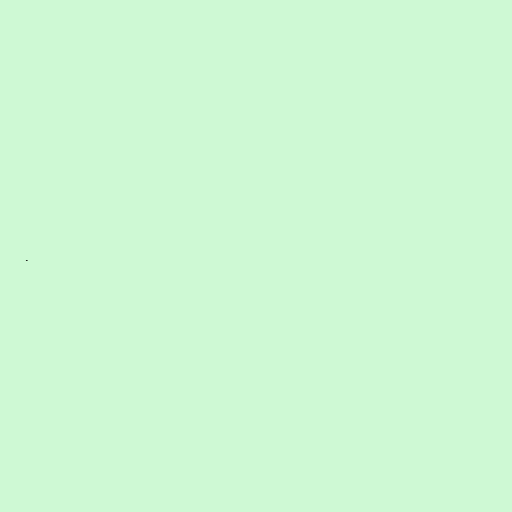
.